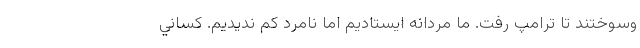
وسوختند تا ترامپ رفت. ما مردانه ايستاديم اما نامرد كم نديديم. كساني